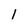
Character: 1